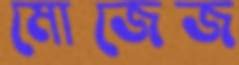
মোজেজ